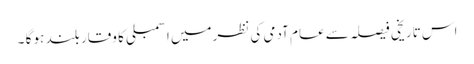
اس تاریخی فیصلہ سے عام آدمی کی نظرمیں اسمبلی کا وقار بلند ہو گا ۔